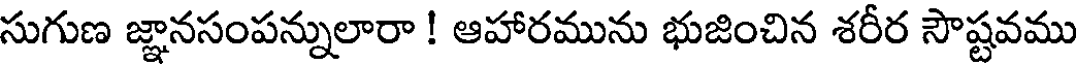
సుగుణ జ్ఞానసంపన్నులారా ! ఆహారమును భుజించిన శరీర సౌష్టవము